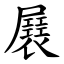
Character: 㞡